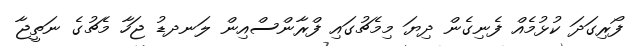
ފޯރިގަދަ ކުޅުމެއް ފެނިގެން ދިޔަ މިމެޗުގައި ފްރާންސްއިން ލަނދޑު ޖަހާ މެޗުގެ ނަތީޖާ